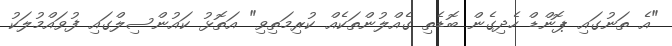
"އެ ތަނުގައި ޕޮންޑް ހެދިގެން ބޮޑެތި ގެއްލުންތަކެއް ކުރިމަތިވި" އަތޮޅު ކައުންސިލްގައި ފުވައްމުލަކު